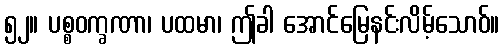
၅၂။ ပစ္စဝက္ခဏာ၊ ပထမာ၊ ဤခါ အောင်မြေနင်းလိမ့်သောဝ်။